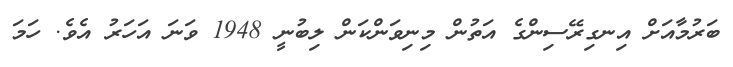
ބަރުމާއަށް އިނގިރޭސިންގެ އަތުން މިނިވަންކަން ލިބުނީ 1948 ވަނަ އަހަރު އެވެ. ހަމަ